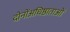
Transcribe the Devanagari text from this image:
दोनोंअधिष्ठाताओं